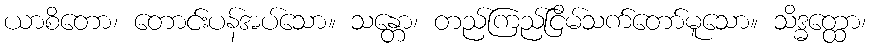
ယာစိတော၊ တောင်းပန်အပ်သော။ သန္တော၊ တည်ကြည်ငြိမ်သက်တော်မူသော။ သိဒ္ဓတ္ထော၊